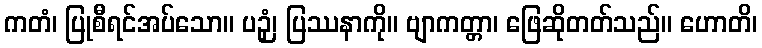
ကတံ၊ ပြုစီရင်အပ်သော။ ပဉှံ၊ ပြဿနာကို။ ဗျာကတ္တာ၊ ဖြေဆိုတတ်သည်။ ဟောတိ၊